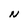
Character: N